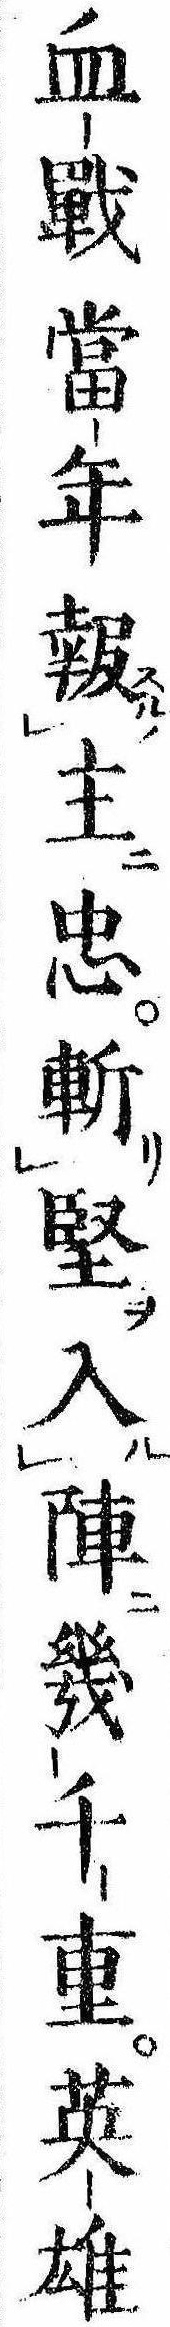
血戦当年報主忠斬堅入陣幾千重英雄